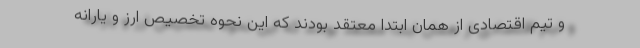
و تیم اقتصادی از همان ابتدا معتقد بودند که این نحوه تخصیص ارز و یارانه